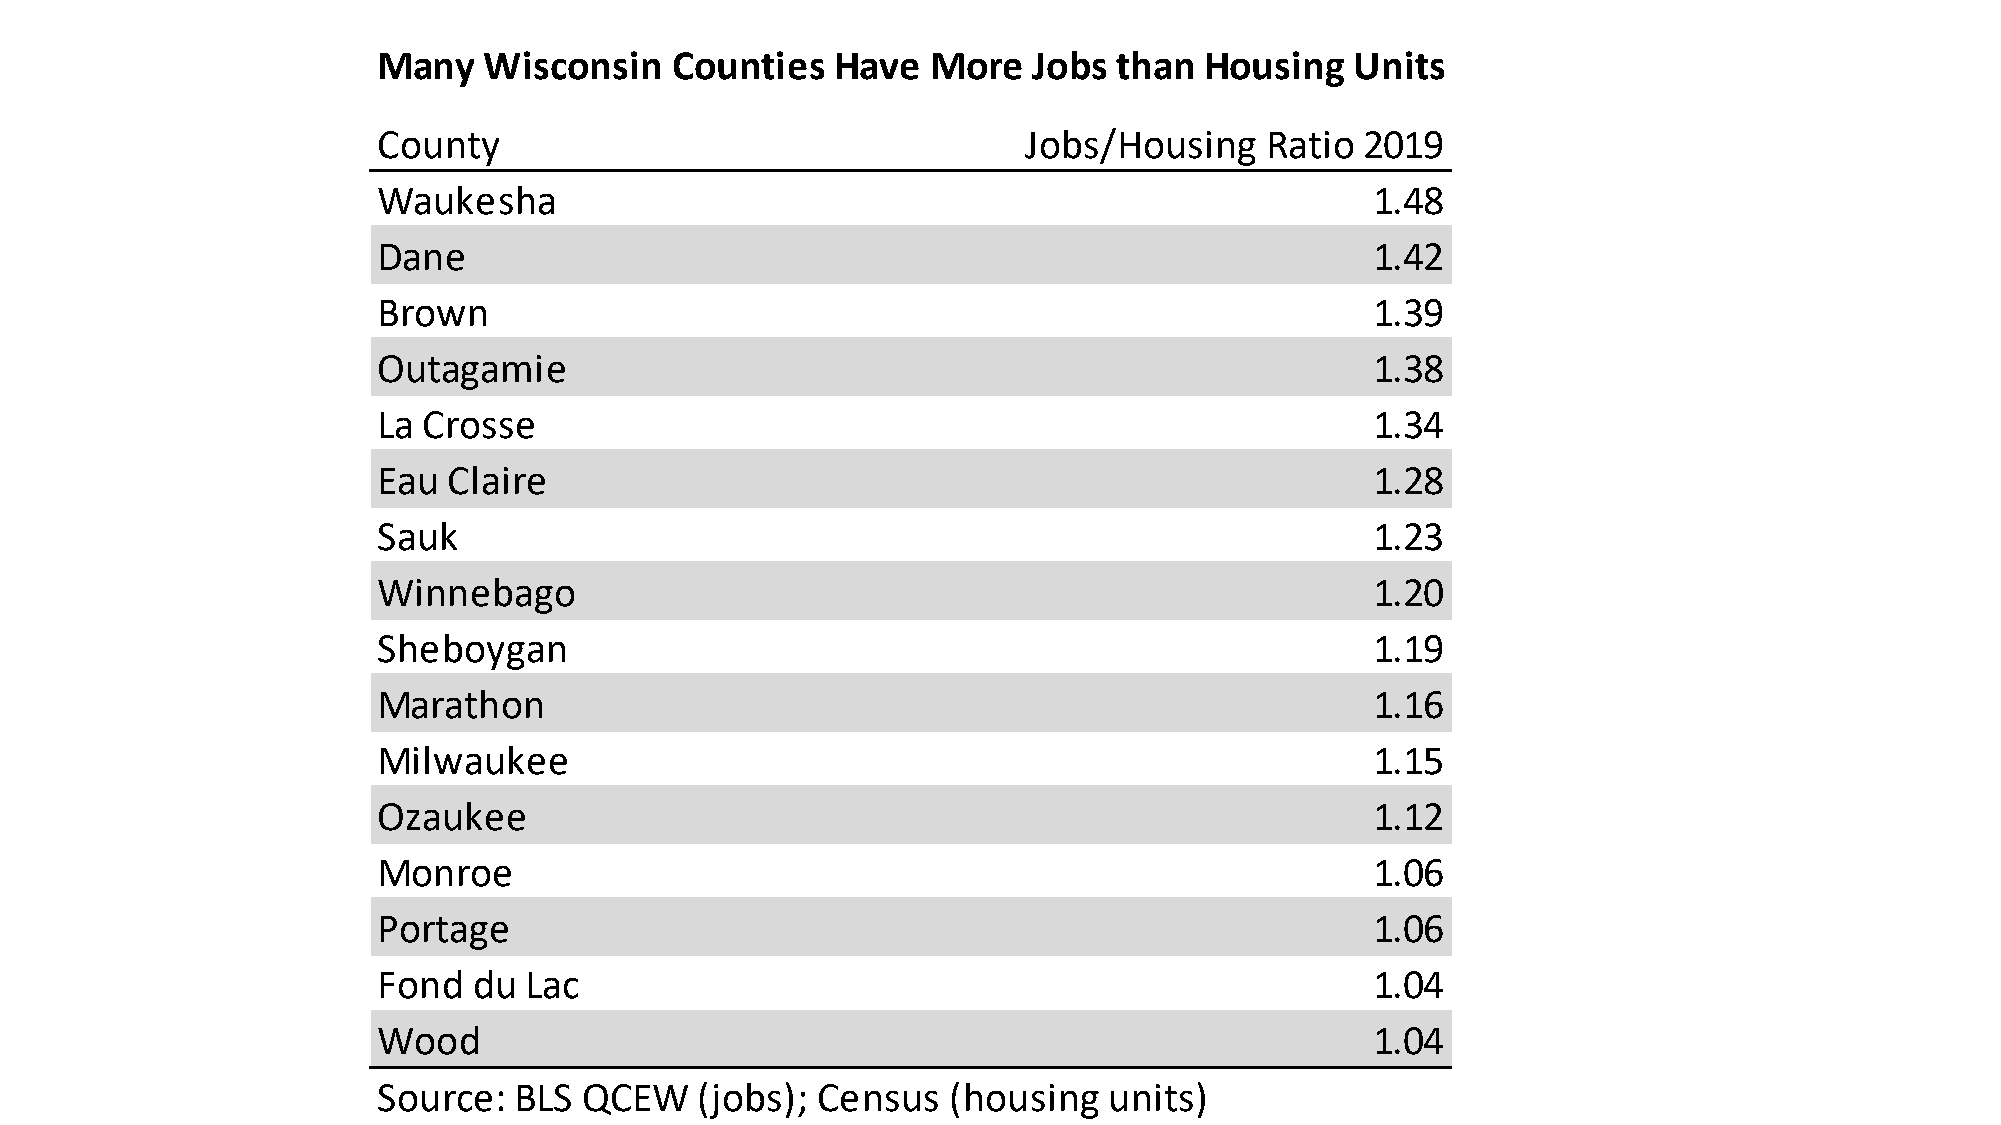
Many   Wisconsin   Counties   Have   More  Jobs  than  Housing   Units
 County                                     Jobs/Housing    Ratio 2019
 Waukesha                                                          1.48
 Dane                                                              1.42
 Brown                                                             1.39
 Outagamie                                                         1.38
 La Crosse                                                         1.34
 Eau  Claire                                                       1.28
 Sauk                                                              1.23
 Winnebago                                                         1.20
 Sheboygan                                                         1.19
 Marathon                                                          1.16
 Milwaukee                                                         1.15
 Ozaukee                                                           1.12
 Monroe                                                            1.06
 Portage                                                           1.06
 Fond  du  Lac                                                     1.04
 Wood                                                              1.04
 Source:  BLS  QCEW   (jobs); Census   (housing  units)